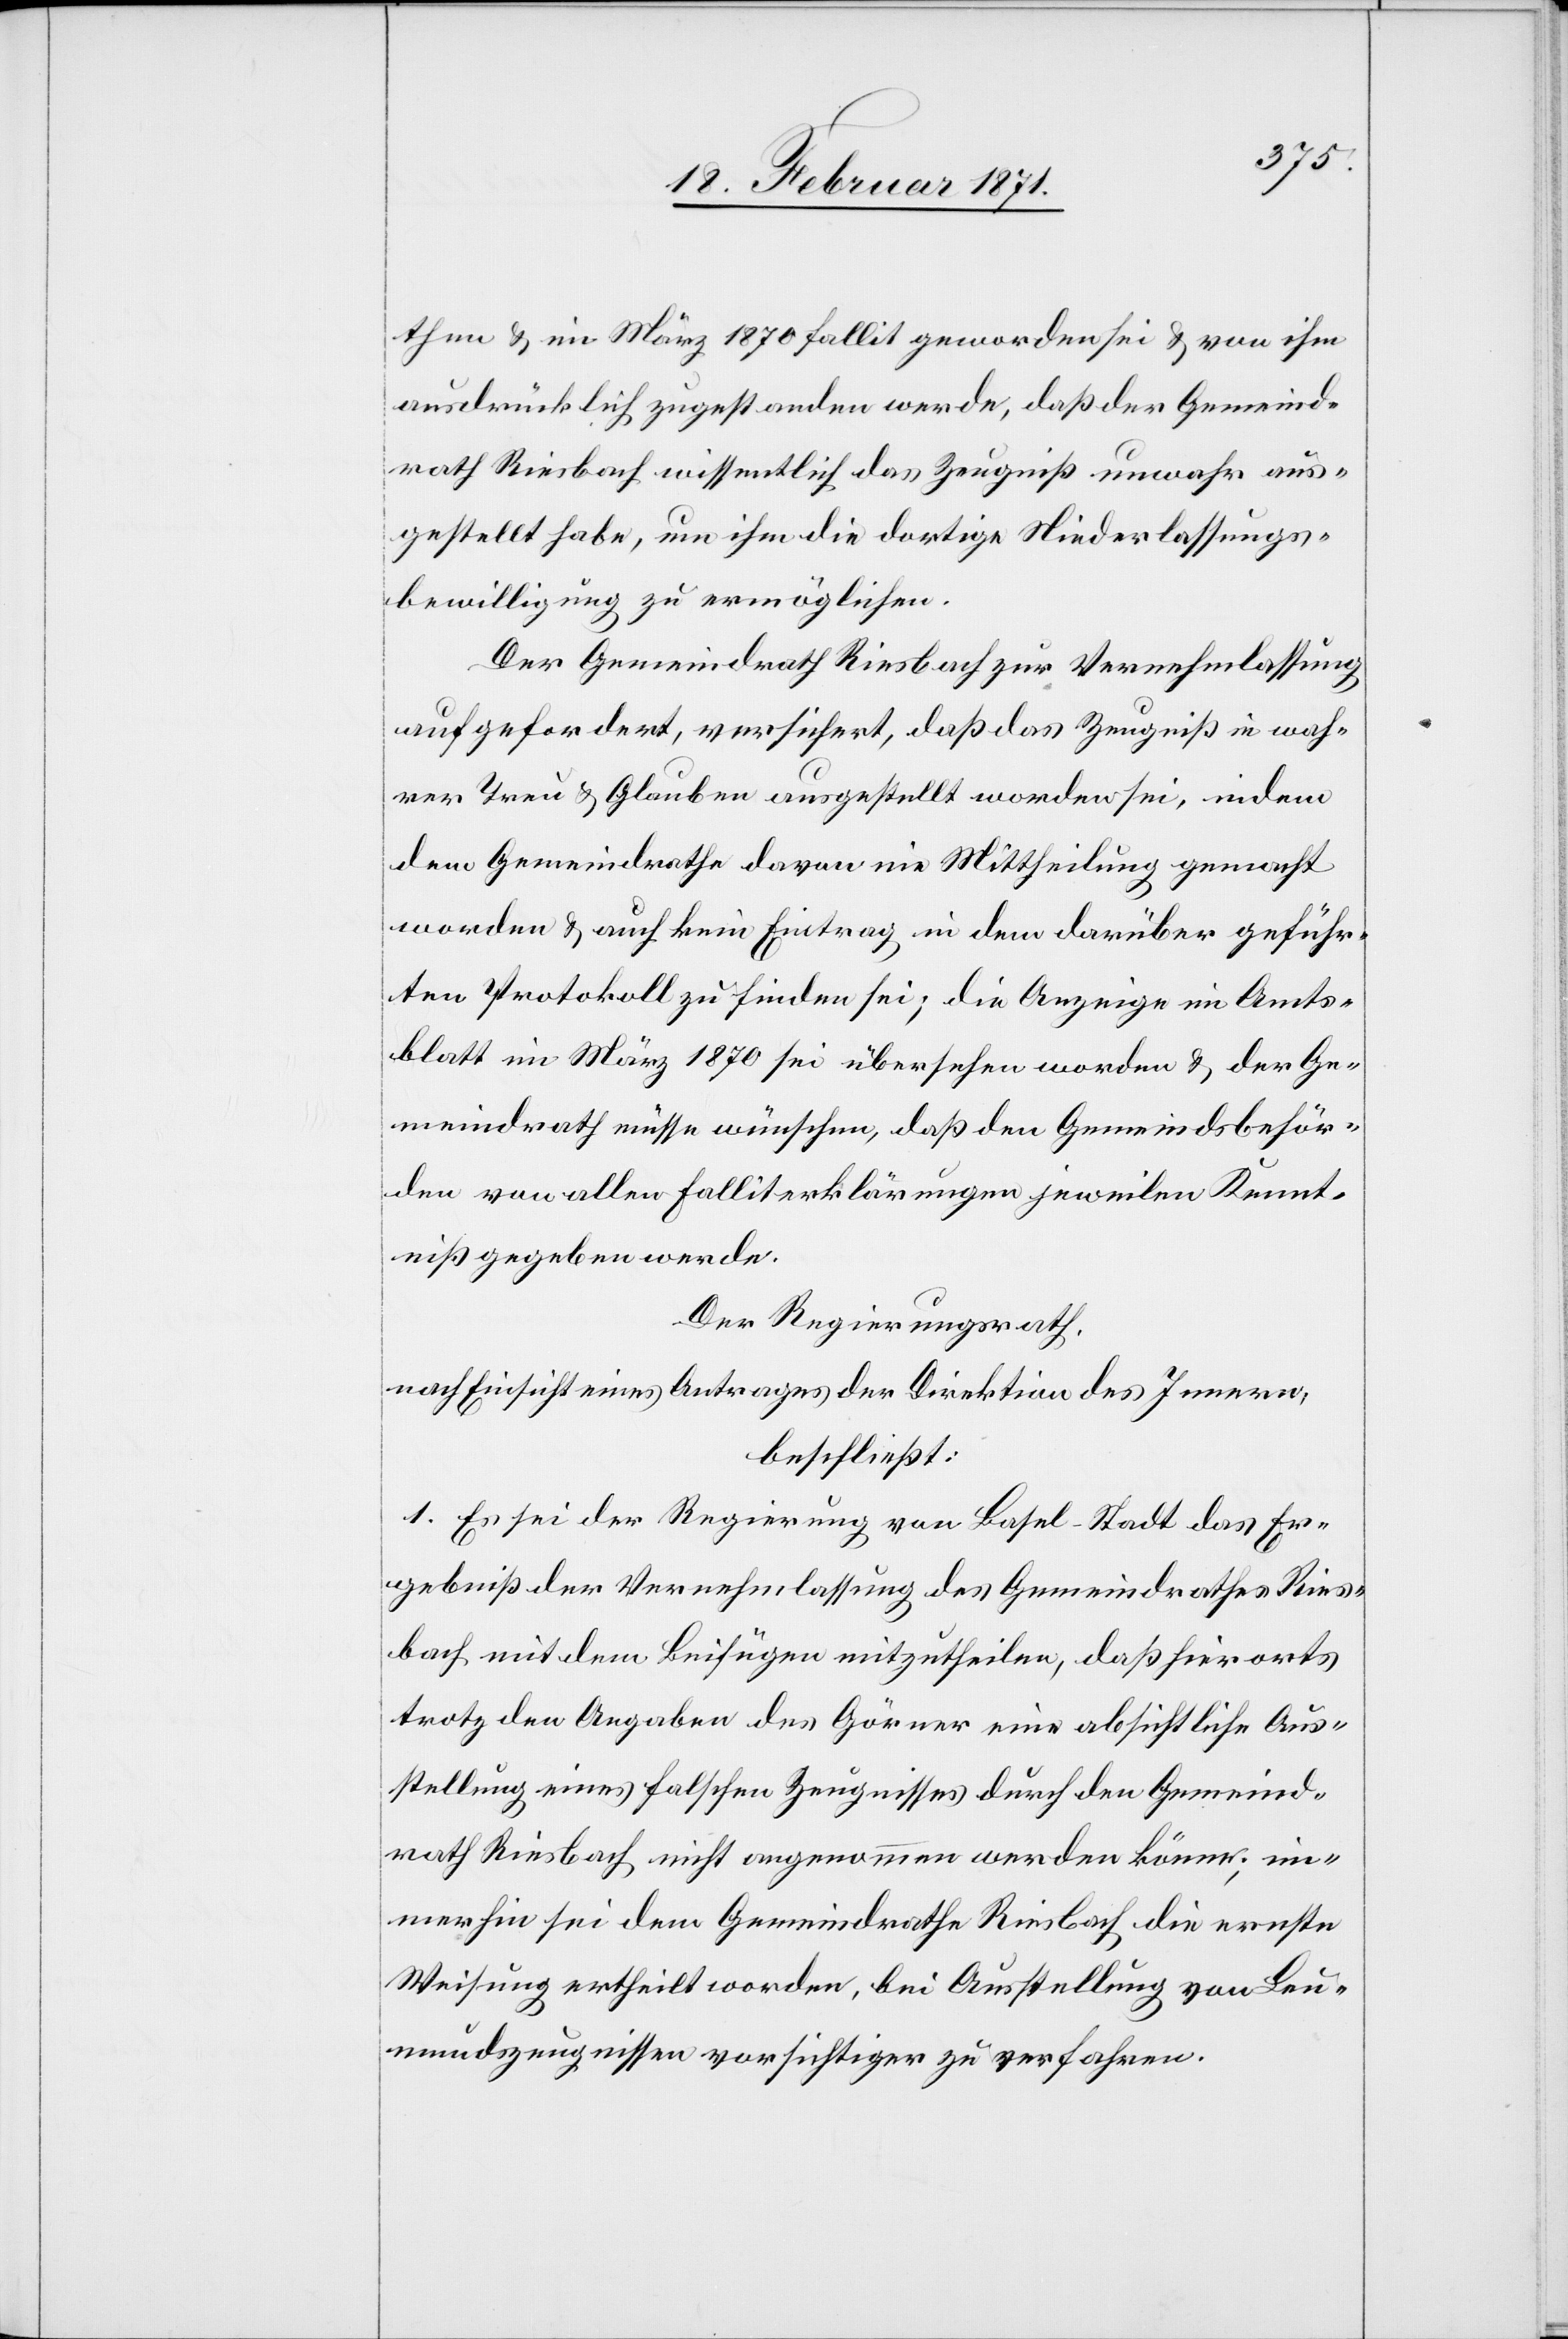
then u. im März 1870 Fallit geworden sei u. von ihm
ausdrücklich zugestanden werde, daß der Gemeind¬
rath Riesbach wissentlich das Zeugnis unwahr aus¬
gestellt habe, um ihm die dortige Niederlassungs¬
bewilligung zu ermöglichen.
Der Gemeindrath Riesbach zur Vernehmlassung
aufgefordert, versichert, daß das Zeugniß in wah¬
rer Treu u. Glauben ausgestellt worden sei, indem
dem Gemeindrathe davon nie Mittheilung gemacht
worden u. auch kein Eintrag in dem darüber geführ¬
ten Protokoll zu finden sei; die Anzeige im Amts¬
blatt im März 1870 sei übersehen worden u. der Ge¬
meindrath müsse wünschen, daß den Gemeindsbehör¬
den von allen Falliterklärungen jeweilen Kennt¬
niß gegeben werde.
Der Regierungsrath,
nach Einsicht eines Antrages der Direktion des Innern,
beschließt:
1. Es sei der Regierung von Basel-Stadt das Er¬
gebniß der Vernehmlassung des Gemeindrathes Ries¬
bach mit dem Beifügen mitzutheilen, daß hierorts
trotz den Angaben des Görner eine absichtliche Aus¬
stellung eines falschen Zeugnisses durch den Gemeind¬
rath Riesbach nicht angenommen werden könne; im¬
merhin sei dem Gemeindrathe Riesbach die ernste
Weisung ertheilt worden, bei Ausstellung von Leu¬
mundszeugnissen vorsichtiger zu verfahren.